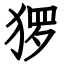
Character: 猡